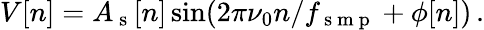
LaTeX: V[n]=A_{\mathrm{~s~}}[n]\sin(2\pi\nu_{0}n/f_{\mathrm{~s~m~p~}}+\phi[n])\, .